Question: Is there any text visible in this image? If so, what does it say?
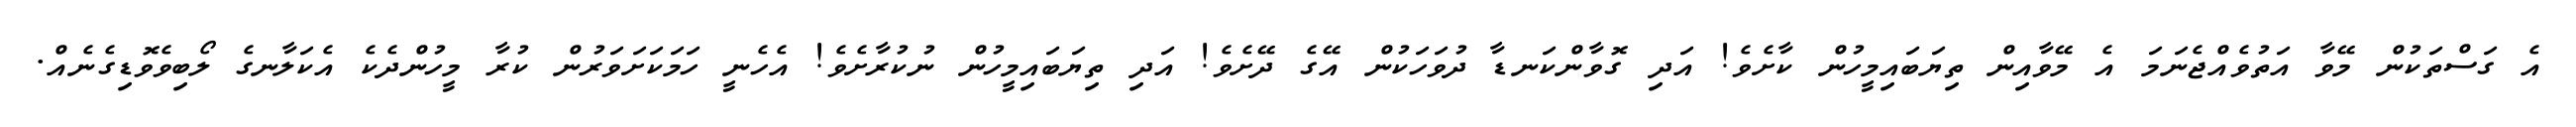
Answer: އެ ގަސްތަކުން މޭވާ އަތުވެއްޖެނަމަ އެ މޭވާއިން ތިޔަބައިމީހުން ކާށެވެ! އަދި ގޮވާންކަނޑާ ދުވަހަކުން އޭގެ ދޭށެވެ! އަދި ތިޔަބައިމީހުން ނުކުރާށެވެ! އެހެނީ ހަމަކަށަވަރުން ކުރާ މީހުންދެކެ އެކަލާނގެ ލޯބިވެވޮޑިގެނެއް.